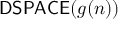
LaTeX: { \mathsf { D S P A C E } } ( g ( n ) )